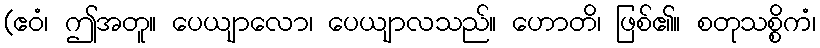
(ဧဝံ၊ ဤအတူ။ ပေယျာလော၊ ပေယျာလသည်။ ဟောတိ၊ ဖြစ်၏။ စတုသစ္စိကံ၊